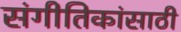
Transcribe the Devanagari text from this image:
संगीतिकांसाठी